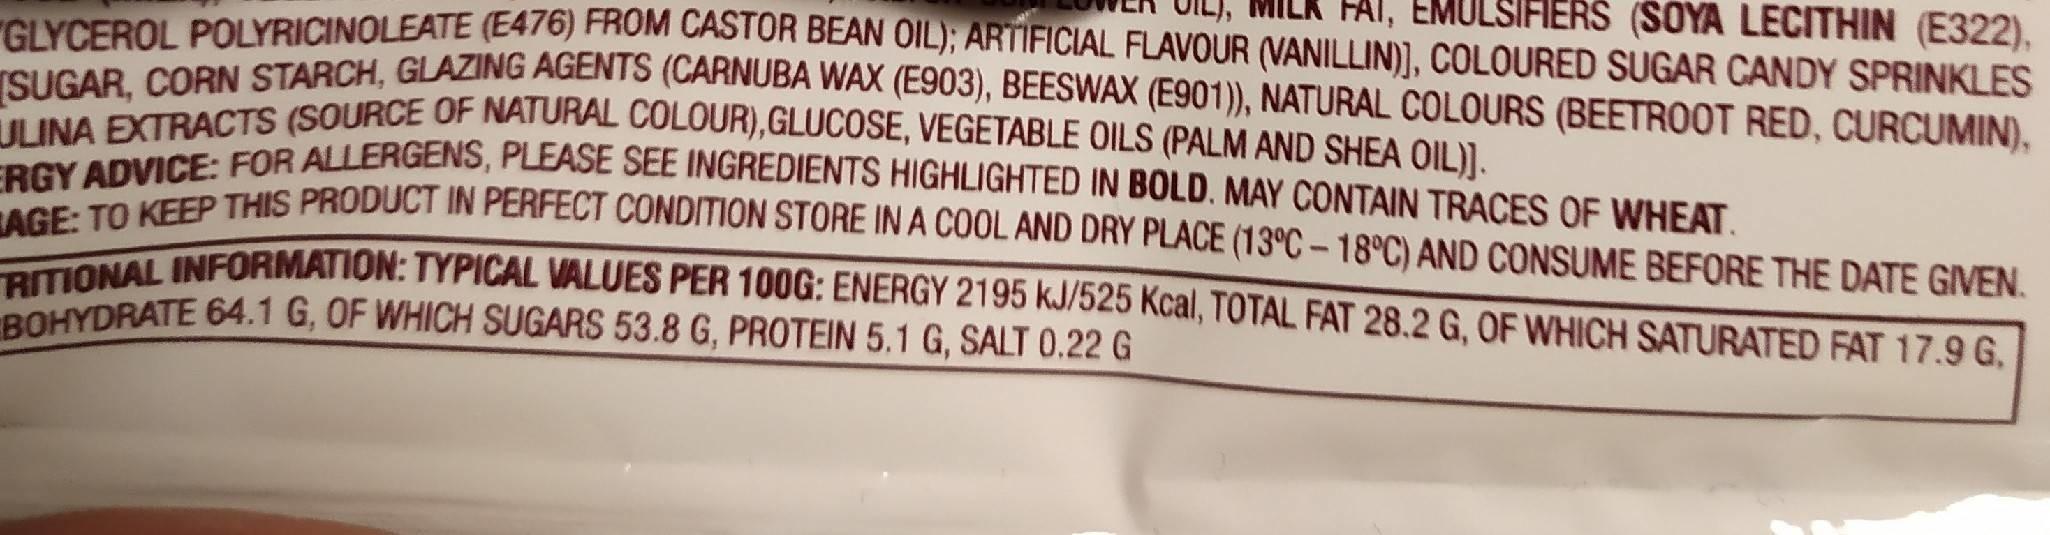
ILK FAI, EMULSIFIERS (SOYA LECITHIN (E322),
GLYCEROL POLYRICINOLEATE (E476) FROM CASTOR BEAN OIL); ARTIFICIAL FLAVOUR (VANILLIN)], COLOURED SUGAR CANDY SPRINKLES SUGAR CORN STARCH, GLAZING AGENTS (CARNUBA WAX (E903), BEESWAX (E901)), NATURAL COLOURS (BEETROOT RED. CURCUMIN). INA EORACTS (SOURCE OF NATURAL COLOUR),GLUCOSE, VEGETABLE OILS (PALM AND SHEA OILDI ULINA DANCE: FOR ALLERGENS, PLEASE SEE INGREDIENTS HIGHLIGHTED IN BOLD. MAY CONTAIN TRACES OF WHEAT ERGY ADVICE THIS PRODUCT IN PERFECT CONDITION STORE IN A COOL AND DRY PLACE (13°C – 18°C) AND CONSUME BEFORE THE DATE GVEN.
L INEORMATION: TYPICAL VALUES PER 100G: ENERGY 2195 kJ/525 Kcal, TOTAL FAT 28.2 G, OF WHICH SATURATED FAT 17.9 G,
BOHYDRATE 64.1 G, OF WHICH SUGARS 53.8 G, PROTEIN 5.1 G, SALT 0.22 G